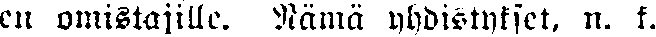
en omistajilla. Nämä yhdistykset, n. k.